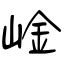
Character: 崯